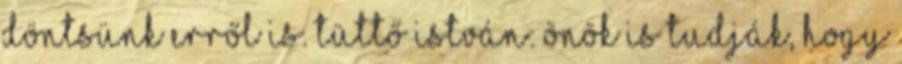
döntsünk erről is. Tüttő István: Önök is tudják, hogy